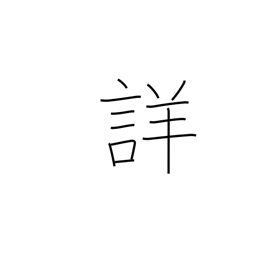
Meaning: accurate